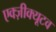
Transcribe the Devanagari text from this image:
एक्ज़ीक्यूटव